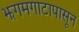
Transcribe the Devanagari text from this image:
झगमगाटापासून